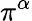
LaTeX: \pi^{\alpha}